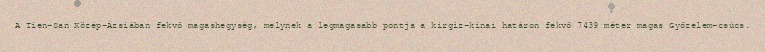
A Tien-San Közép-Ázsiában fekvő magashegység, melynek a legmagasabb pontja a kirgiz-kínai határon fekvő 7439 méter magas Győzelem-csúcs.